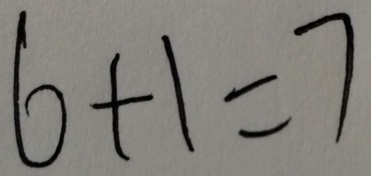
6 + 1 = 7